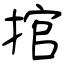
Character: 捾